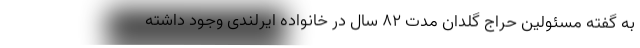
به گفته مسئولین حراج گلدان مدت ۸۲ سال در خانواده ایرلندی وجود داشته